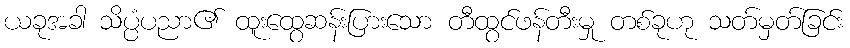
ယခုအခါ သိပ္ပံပညာ၏ ထူးထွေဆန်းပြားသော တီထွင်ဖန်တီးမှု တစ်ခုဟု သတ်မှတ်ခြင်း